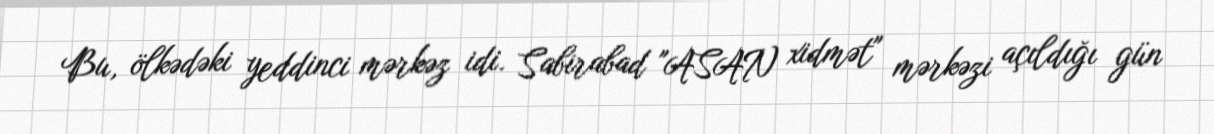
Bu, ölkədəki yeddinci mərkəz idi. Sabirabad "ASAN xidmət" mərkəzi açıldığı gün